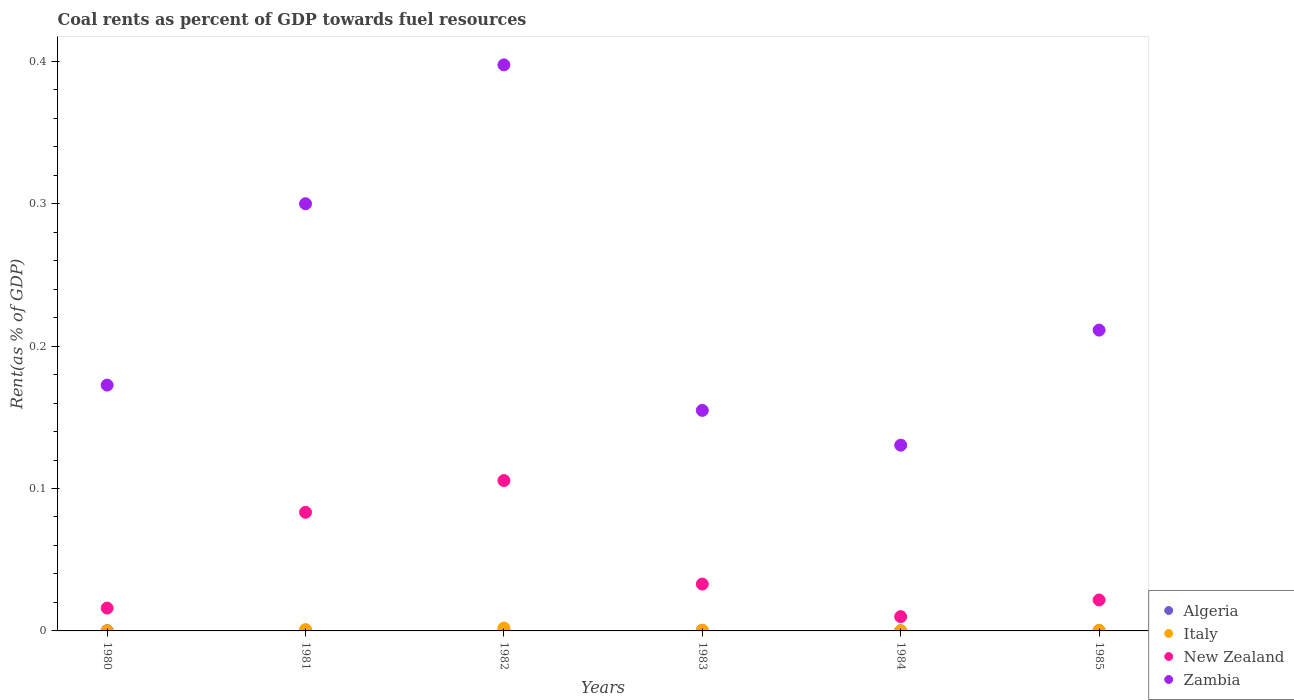
| Years | Algeria | Italy | New Zealand | Zambia |
 | --- | --- | --- | --- | --- |
 | 1980 | 0.000169 | 9.64e-05 | 0.016 | 0.173 |
 | 1981 | 0.000377 | 0.000934 | 0.0833 | 0.3 |
 | 1982 | 0.000402 | 0.00204 | 0.106 | 0.397 |
 | 1983 | 0.000143 | 0.000538 | 0.0329 | 0.155 |
 | 1984 | 6.53e-05 | 0.000122 | 0.01 | 0.13 |
 | 1985 | 0.000108 | 0.000423 | 0.0217 | 0.211 |